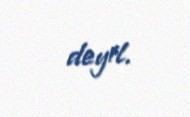
deyil.